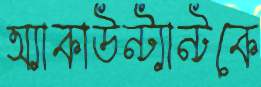
অ্যাকাউন্ট্যান্টকে